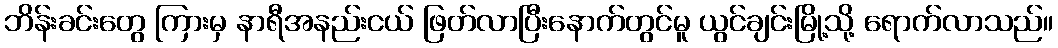
ဘိန်းခင်းတွေ ကြားမှ နာရီအနည်းငယ် ဖြတ်လာပြီးနောက်တွင်မူ ယွင်ချင်းမြို့သို့ ရောက်လာသည်။